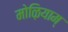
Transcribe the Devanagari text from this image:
मोऴियाम्